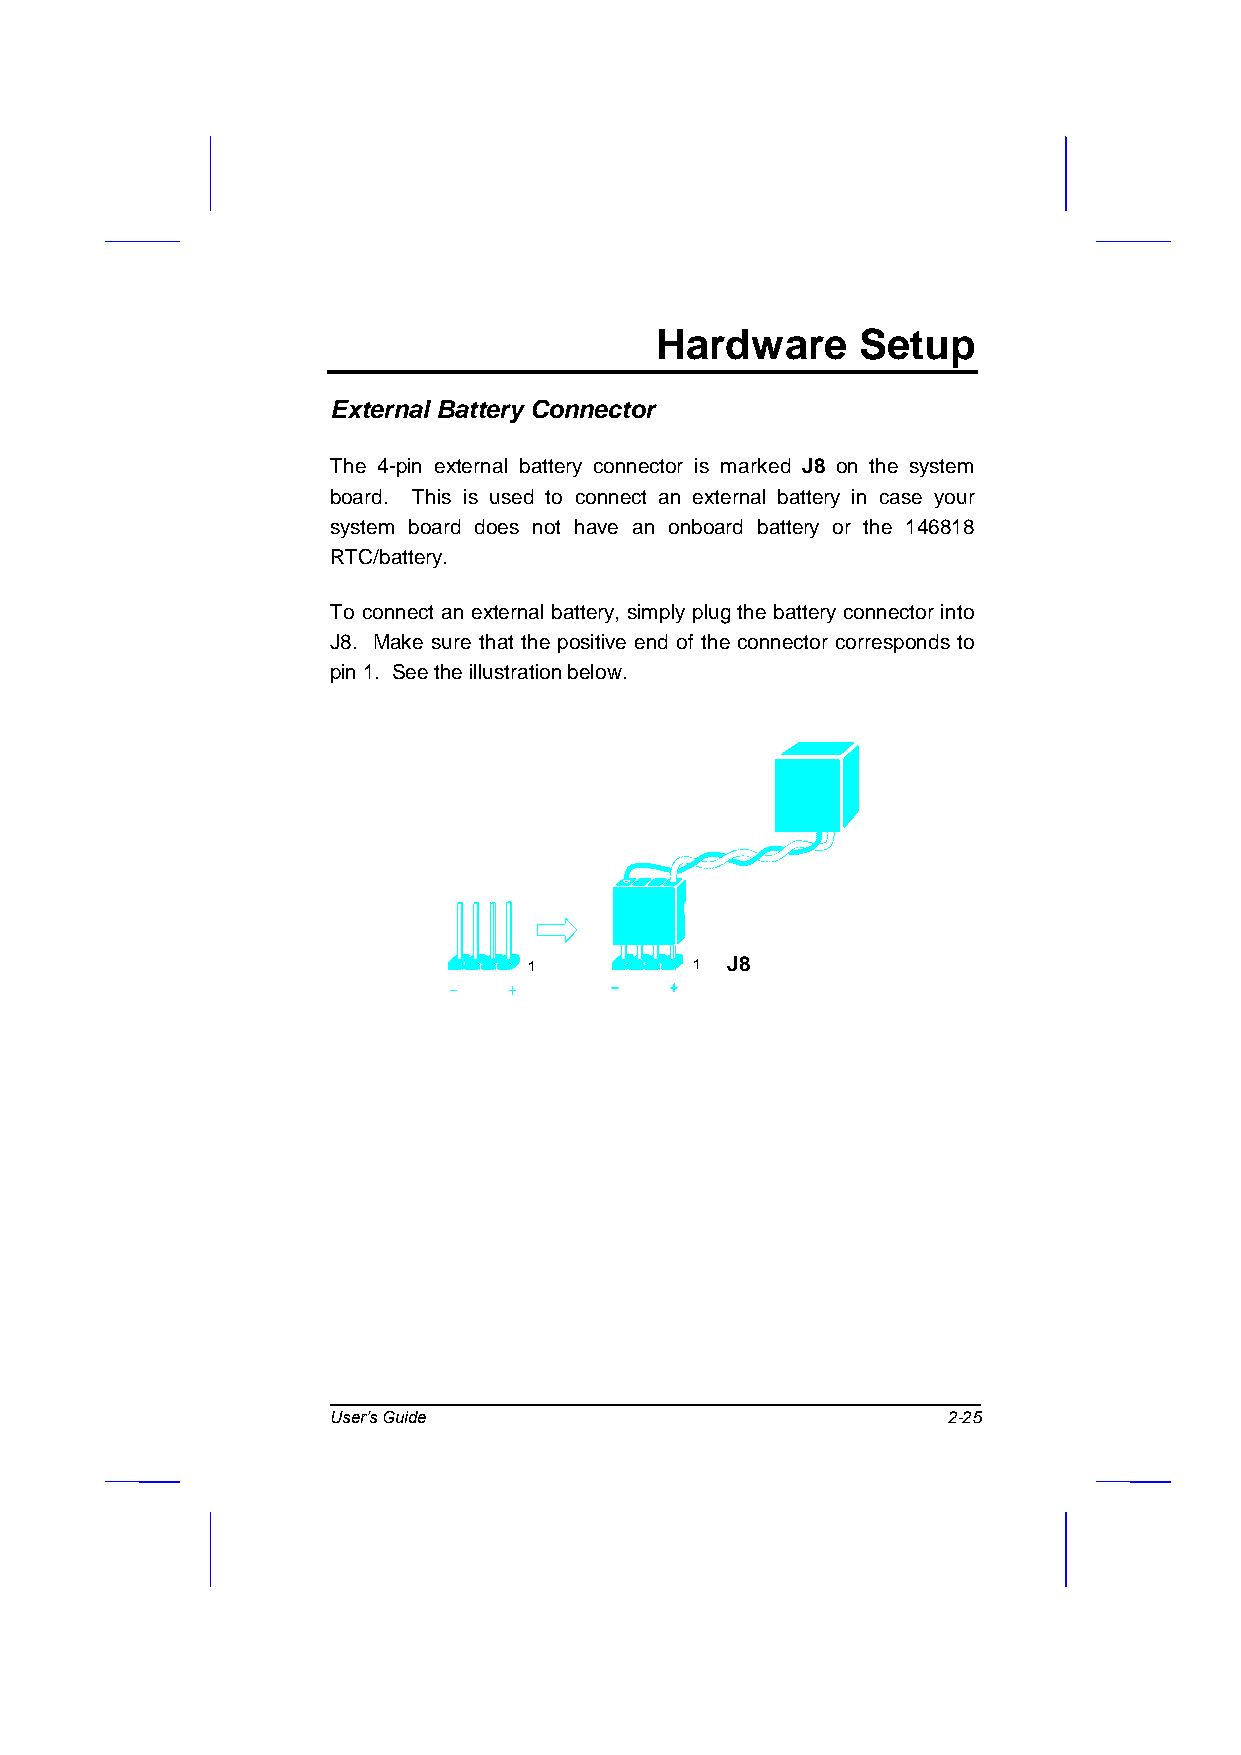
Hardware      Setup
 External Battery Connector
 The 4-pin external battery connector is marked J8 on the system
 board. This is used to connect an external battery in case your
 system board does not have an onboard battery or the 146818
 RTC/battery.
 To connect an external battery, simply plug the battery connector into
 J8. Make sure that the positive end of the connector corresponds to
 pin 1. See the illustration below.
 1          1 J8
 User’s Guide                             2-25